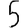
Digit: 5